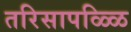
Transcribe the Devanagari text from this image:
तरिसापळ्ळि